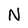
Character: N